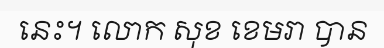
នេះ។ លោក សុខ ខេមរា បាន